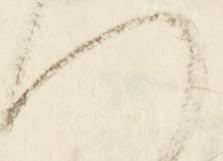
つ